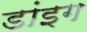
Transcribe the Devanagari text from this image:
डांइग